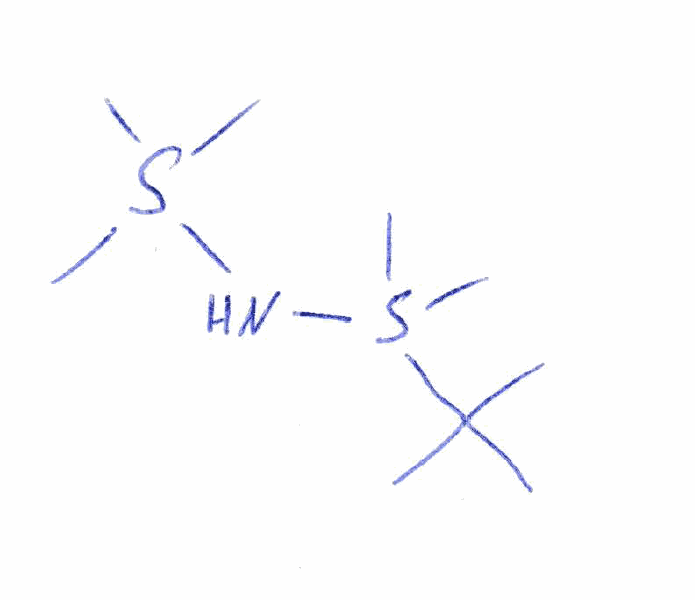
Simplified molecular-input line-entry system (SMILES) notation of the given molecule:
CC(C)(C)S(C)(C)NS(C)(C)C